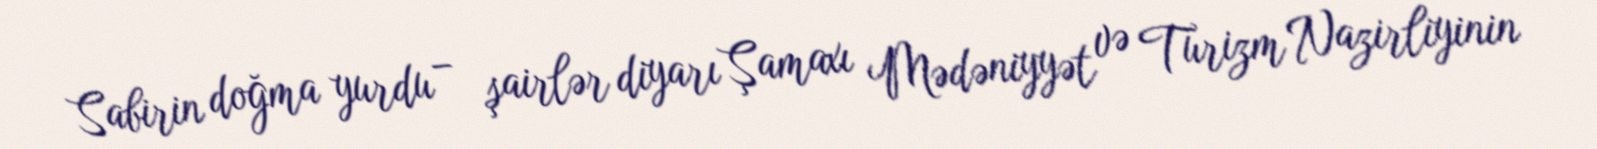
Sabirin doğma yurdu – şairlər diyarı Şamaxı Mədəniyyət və Turizm Nazirliyinin